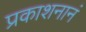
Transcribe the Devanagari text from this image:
प्रकाशनानं